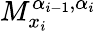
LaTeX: M_{x_{i}}^{\alpha_{i-1},\alpha_{i}}